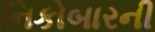
નિકોબારની